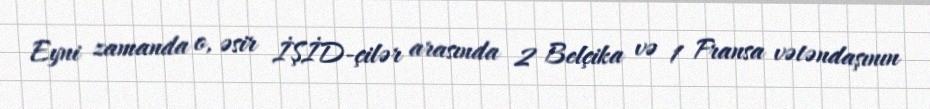
Eyni zamanda o, əsir İŞİD-çilər arasında 2 Belçika və 1 Fransa vətəndaşının